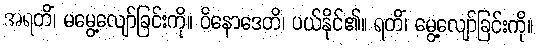
အရတိံ၊ မမွေ့လျော်ခြင်းကို။ ဝိနောဒေတိ၊ ပယ်နိုင်၏။ ရတိံ၊ မွေ့လျော်ခြင်းကို။